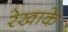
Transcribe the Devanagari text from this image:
रेखाके